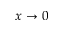
x \to 0